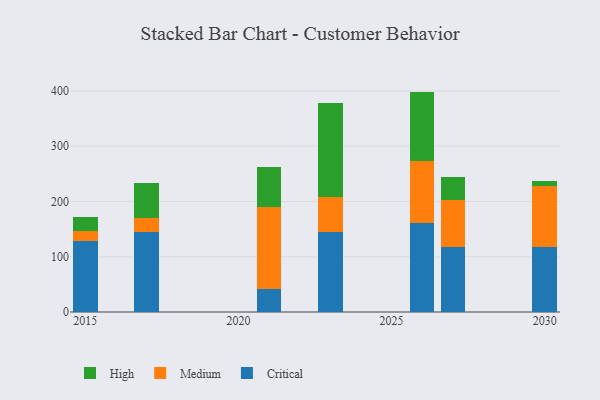
{"axis": {"x": "Year", "y": "Gross Profit (USD K)"}, "legend": ["Critical", "High", "Medium"], "data": [{"x": "2030", "y": 117.5, "type": "Critical"}, {"x": "2030", "y": 109.8, "type": "Medium"}, {"x": "2030", "y": 9.1, "type": "High"}, {"x": "2026", "y": 161.7, "type": "Critical"}, {"x": "2026", "y": 111.0, "type": "Medium"}, {"x": "2026", "y": 126.2, "type": "High"}, {"x": "2021", "y": 41.7, "type": "Critical"}, {"x": "2021", "y": 147.8, "type": "Medium"}, {"x": "2021", "y": 72.4, "type": "High"}, {"x": "2027", "y": 117.2, "type": "Critical"}, {"x": "2027", "y": 85.5, "type": "Medium"}, {"x": "2027", "y": 41.0, "type": "High"}, {"x": "2015", "y": 128.8, "type": "Critical"}, {"x": "2015", "y": 18.3, "type": "Medium"}, {"x": "2015", "y": 24.8, "type": "High"}, {"x": "2023", "y": 144.0, "type": "Critical"}, {"x": "2023", "y": 63.7, "type": "Medium"}, {"x": "2023", "y": 170.4, "type": "High"}, {"x": "2017", "y": 144.3, "type": "Critical"}, {"x": "2017", "y": 26.1, "type": "Medium"}, {"x": "2017", "y": 63.0, "type": "High"}]}